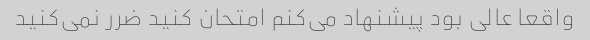
واقعا عالی بود پیشنهاد می‌کنم امتحان کنید ضرر نمی‌کنید